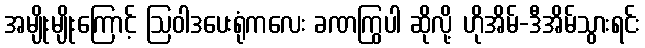
အမျိုးမျိုးကြောင့် ဩဝါဒပေးရုံကလေး ခဏကြွပါ ဆိုလို့ ဟိုအိမ်-ဒီအိမ်သွားရင်း